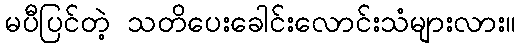
မပီပြင်တဲ့ သတိပေးခေါင်းလောင်းသံများလား။